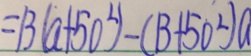
= 1 3 ( a + 5 0 ^ { 2 } ) - ( 1 3 + 5 0 ^ { 2 } ) a